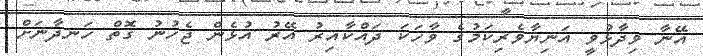
އޭނާ ވިދާޅުވީ އަނިޔާވެރިކަމުގެ ވާހަކަ ދައްކާއިރު އޭރު އުޅެން ޖެހުނު ގޮތް ހަނދާނަށް